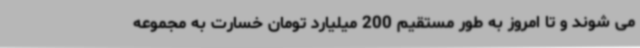
می شوند و تا امروز به طور مستقیم 200 میلیارد تومان خسارت به مجموعه